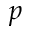
p